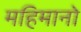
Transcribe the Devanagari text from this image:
महिमानो